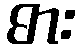
ဓား